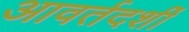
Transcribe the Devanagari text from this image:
आवर्तदर्शी